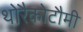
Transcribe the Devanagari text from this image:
थोरैकोटौमी